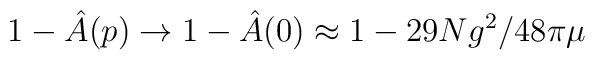
1 - \hat{A}(p) \rightarrow 1 - \hat{A}(0) \approx1 - 29Ng^2/48\pi \mu